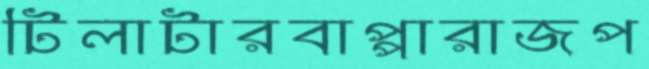
টিলাটারবাপ্পারাজপ